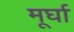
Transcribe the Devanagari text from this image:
मूर्घा